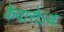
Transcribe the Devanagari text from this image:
केदारोऽथ